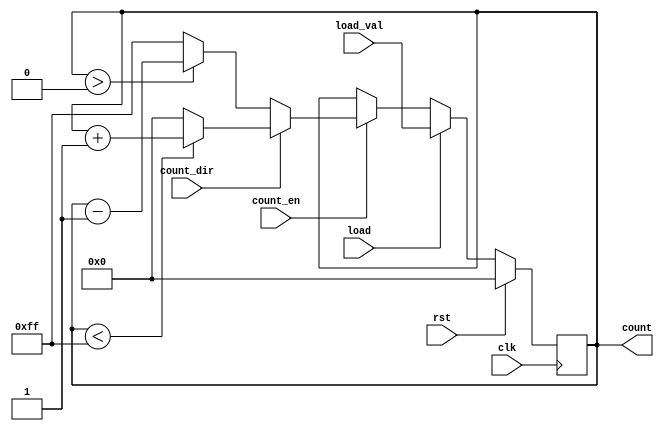
module SynchronousLoadCounter (
    input wire clk,             // Clock input
    input wire rst,             // Synchronous reset
    input wire load,            // Load control signal
    input wire [7:0] load_val,  // Value to load into the counter
    input wire count_en,        // Count enable signal
    input wire count_dir,       // Counting direction: 1 for up, 0 for down
    output reg [7:0] count      // Current count output
);

    // Parameter for maximum and minimum values
    parameter MAX_COUNT = 8'hFF; // Maximum value for 8-bit counter
    parameter MIN_COUNT = 8'h00; // Minimum value for 8-bit counter

    always @(posedge clk) begin
        if (rst) begin
            // Synchronous reset to 0
            count <= MIN_COUNT;
        end else if (load) begin
            // Load new value when load signal is active
            count <= load_val;
        end else if (count_en) begin
            // Increment or decrement based on direction
            if (count_dir) begin
                // Up-counting
                if (count < MAX_COUNT) begin
                    count <= count + 1;
                end else begin
                    count <= MIN_COUNT; // Wrap around
                end
            end else begin
                // Down-counting
                if (count > MIN_COUNT) begin
                    count <= count - 1;
                end else begin
                    count <= MAX_COUNT; // Wrap around
                end
            end
        end
    end

endmodule